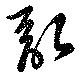
亂